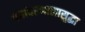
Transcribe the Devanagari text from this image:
पर्यावरणालासुद्धा